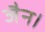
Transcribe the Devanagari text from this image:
जैन।